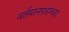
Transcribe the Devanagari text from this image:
वर्तमानपत्रांच्या